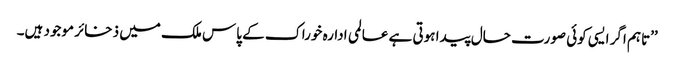
’’تاہم اگر ایسی کوئی صورت حال پیدا ہوتی ہے عالمی ادارہ خوراک کے پاس ملک میں ذخائر موجود ہیں۔